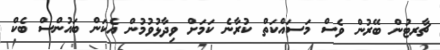
ޗާރޓުން ބޭރުން ވެސް މަަސައްކަތް ކުރާނެ ކަމަށް ވިދާޅުވުމުން އެކަން ބައުންސް ބެކް